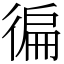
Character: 徧